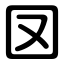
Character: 㘝